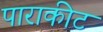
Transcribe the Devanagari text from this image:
पाराकीट